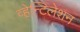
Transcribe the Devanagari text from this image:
व्हेन्टिलेशन